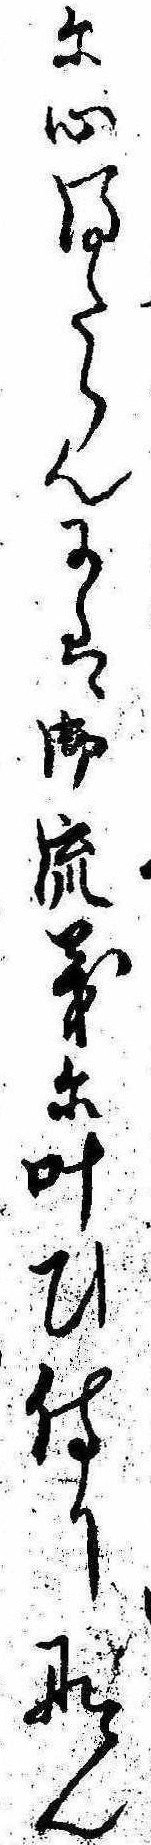
に心得たらんには御流義に叶ひ侍りなん